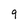
Character: 9